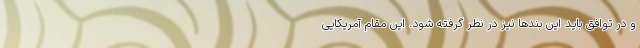
و در توافق باید این بندها نیز در نظر گرفته شود. این مقام آمریکایی